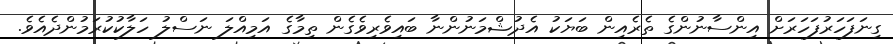
ގިނަފަހަރުފަހަރަށް އިންސާނުންގެ ތެރެއިން ބަޔަކު އެދުޝްމަނުންނާ ބައިވެރިވެގެން ތިމާގެ އަމިއްލަ ނަސްލު ހަލާކުކުރަމުންދެއެވެ.